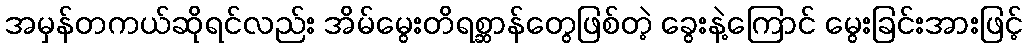
အမှန်တကယ်ဆိုရင်လည်း အိမ်မွေးတိရစ္ဆာန်တွေဖြစ်တဲ့ ခွေးနဲ့ကြောင် မွေးခြင်းအားဖြင့်